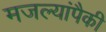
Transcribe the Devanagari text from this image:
मजल्यांपैकी